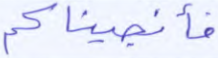
فأنجيناكم